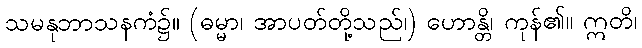
သမနုဘာသနကံ၌။ (ဓမ္မာ၊ အာပတ်တို့သည်၊) ဟောန္တိ၊ ကုန်၏။ ဣတိ၊